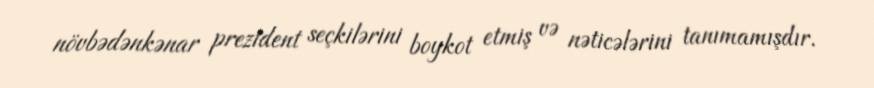
növbədənkənar prezident seçkilərini boykot etmiş və nəticələrini tanımamışdır.